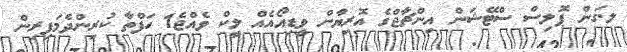
ލ.ގަން ޕޮލިސް ސްޓޭޝަން އިންޗާޖްގެ އޮރިޔާން ވީޑިއޯއެއް ލީކް ވެއްޖެ1 ހަފްތާ ކުރިންދެމަފިރިން